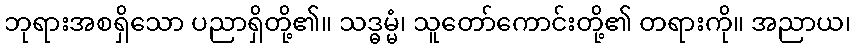
ဘုရားအစရှိသော ပညာရှိတို့၏။ သဒ္ဓမ္မံ၊ သူတော်ကောင်းတို့၏ တရားကို။ အညာယ၊